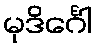
မုဒိင်္ဂေါ